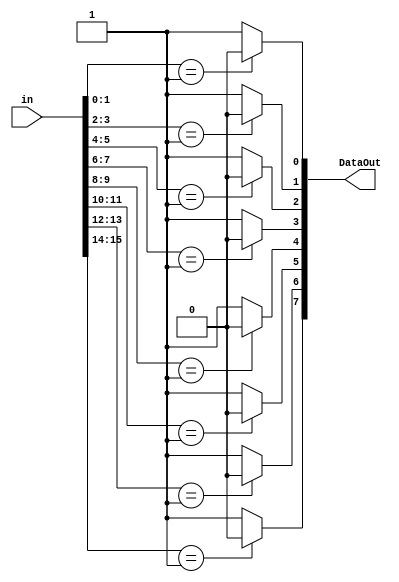
module BPSK_demod (in, DataOut);
parameter n=8; //default value is set for hamming, not BCH which needs 15 bits in
input [2*n-1:0] in;
output [n-1:0] DataOut;

wire out0, out1, out2, out3, out4, out5, out6, out7, out8, out9, out10, out11, out12, out13, out14;
wire [15:0] max_size;


assign out0 = (0<= n) ? ((in[1:0] == 01) ? 0:1) : 00;
assign out1 = (1<= n) ? ((in[3:2] == 01) ? 0:1) : 00;
assign out2 = (2<= n) ? ((in[5:4] == 01) ? 0:1) : 00;
assign out3 = (3<= n) ? ((in[7:6] == 01) ? 0:1) : 00;
assign out4 = (4<= n) ? ((in[9:8] == 01) ? 0:1) : 00;
assign out5 = (5<= n) ? ((in[11:10] == 01) ? 0:1) : 00;
assign out6 = (6<= n) ? ((in[13:12] == 01) ? 0:1) : 00;
assign out7 = (7<= n) ? ((in[15:14] == 01) ? 0:1) : 00;
assign out8 = (8<= n) ? ((in[17:16] == 01) ? 0:1) : 00;
assign out9 = (9<= n) ? ((in[19:18] == 01) ? 0:1) : 00;
assign out10 = (10<= n) ? ((in[21:20] == 01) ? 0:1) : 00;
assign out11 = (11<= n) ? ((in[23:22] == 01) ? 0:1) : 00;
assign out12 = (12<= n) ? ((in[25:24] == 01) ? 0:1) : 00;
assign out13 = (13<= n) ? ((in[27:26] == 01) ? 0:1) : 00;
assign out14 = (14<= n) ? ((in[29:28] == 01) ? 0:1) : 00;

assign max_size = {out14, out13, out12, out11, out10, out9, out8, out7, out6, out5, out4, out3, out2, out1, out0};

assign DataOut = max_size[n-1:0];

endmodule